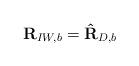
LaTeX: \begin{align*}\mathbf{R}_{IW,b}=\mathbf{\hat{R}}_{D,b}\end{align*}